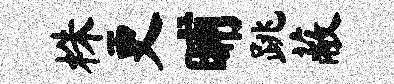
株更晡跳蔽